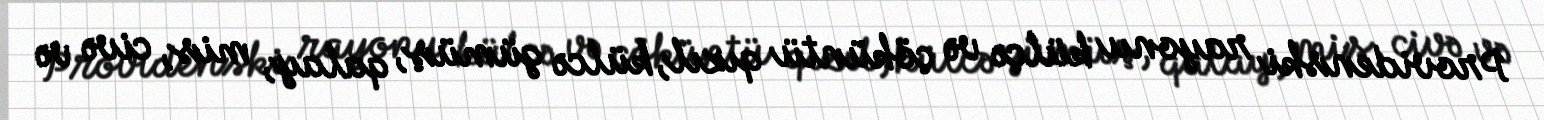
Providenski rayonu külçə və çöküntü qızıl, külcə gümüş, qalay, mis, civə və